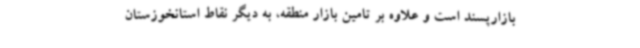
بازارپسند است و علاوه بر تامین بازار منطقه، به دیگر نقاط استانخوزستان